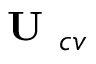
\textbf { U } _ { c v }